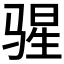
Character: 𬴄